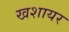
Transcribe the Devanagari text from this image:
खशायर